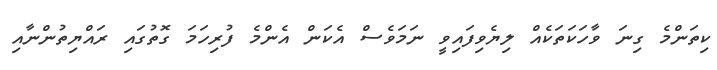
ކިތަންމެ ގިނަ ވާހަކަތަކެއް ލިޔެވިފައިވީ ނަމަވެސް އެކަން އެންމެ ފުރިހަމަ ގޮތުގައި ރައްޔިތުންނާއި